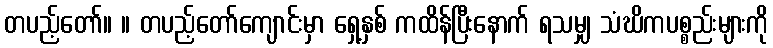
တပည့်တော်။ ။ တပည့်တော်ကျောင်းမှာ ရှေ့နှစ် ကထိန်ပြီးနောက် ရသမျှ သံဃိကပစ္စည်းများကို